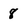
Character: 8